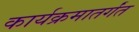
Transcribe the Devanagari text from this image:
कार्यक्रमातर्गंत